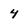
Character: 4